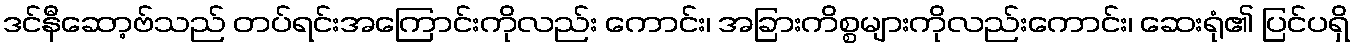
ဒင်နီဆော့ဗ်သည် တပ်ရင်းအကြောင်းကိုလည်း ကောင်း၊ အခြားကိစ္စများကိုလည်းကောင်း၊ ဆေးရုံ၏ ပြင်ပရှိ